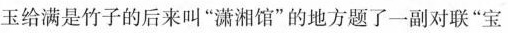
玉给满是竹子的后来叫”潇湘馆”的地方题了一副对联”宝